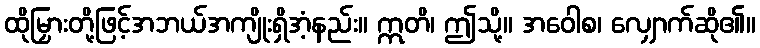
ထိုမြှားတို့ဖြင့်အဘယ်အကျိုးရှိအံ့နည်း။ ဣတိ၊ ဤသို့။ အဝေါစ၊ လျှောက်ဆို၏။